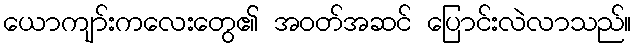
ယောကျာ်းကလေးတွေ၏ အဝတ်အဆင် ပြောင်းလဲလာသည်။